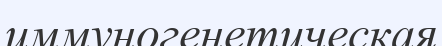
иммуногенетическая